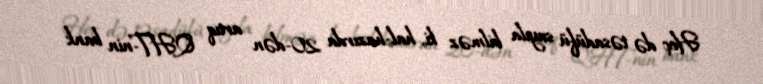
Heç də təsadüfü sayıla bilməz ki, hal-hazırda 20-dən artıq QHT-nin bank